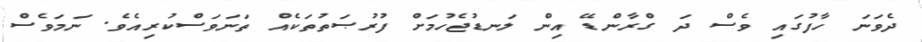
ދެވަނަ ހާފުގައި ވެސް ދަ ގްރާންޑޭ އިން ލަނޑުޖެހުމަށް ފުރުޞަތުތަކެއް ތަނަވަސްކުރިއެވެ. ނަމަވެސް